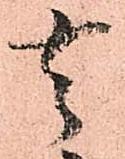
去